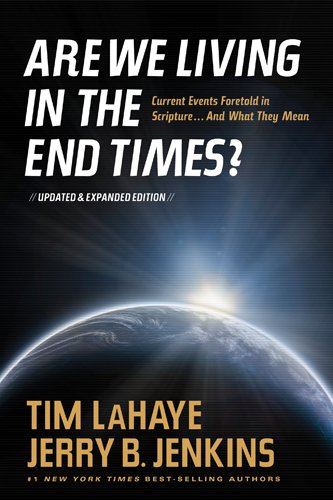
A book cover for Are We Living in the End Times?; Tim LaHaye; Christian Books & Bibles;